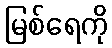
မြစ်ရေကို